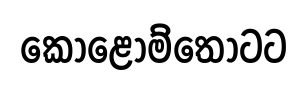
කොළොම්තොටට